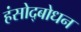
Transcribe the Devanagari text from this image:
हंसोद्बोधन